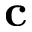
\mathbf { c }